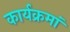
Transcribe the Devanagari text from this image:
कार्यक्रमां